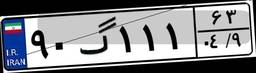
۰۲گ۴۲۰۴۵